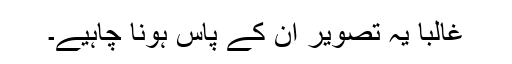
غالبًا یہ تصویر ان کے پاس ہونا چاہیے۔